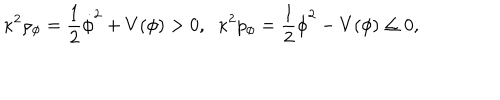
\kappa ^ { 2 } \rho _ { \phi } = \frac { 1 } { 2 } \dot { \phi } ^ { 2 } + V ( \phi ) > 0 , \; \; \kappa ^ { 2 } p _ { \phi } = \frac { 1 } { 2 } \dot { \phi } ^ { 2 } - V ( \phi ) \leq 0 ,